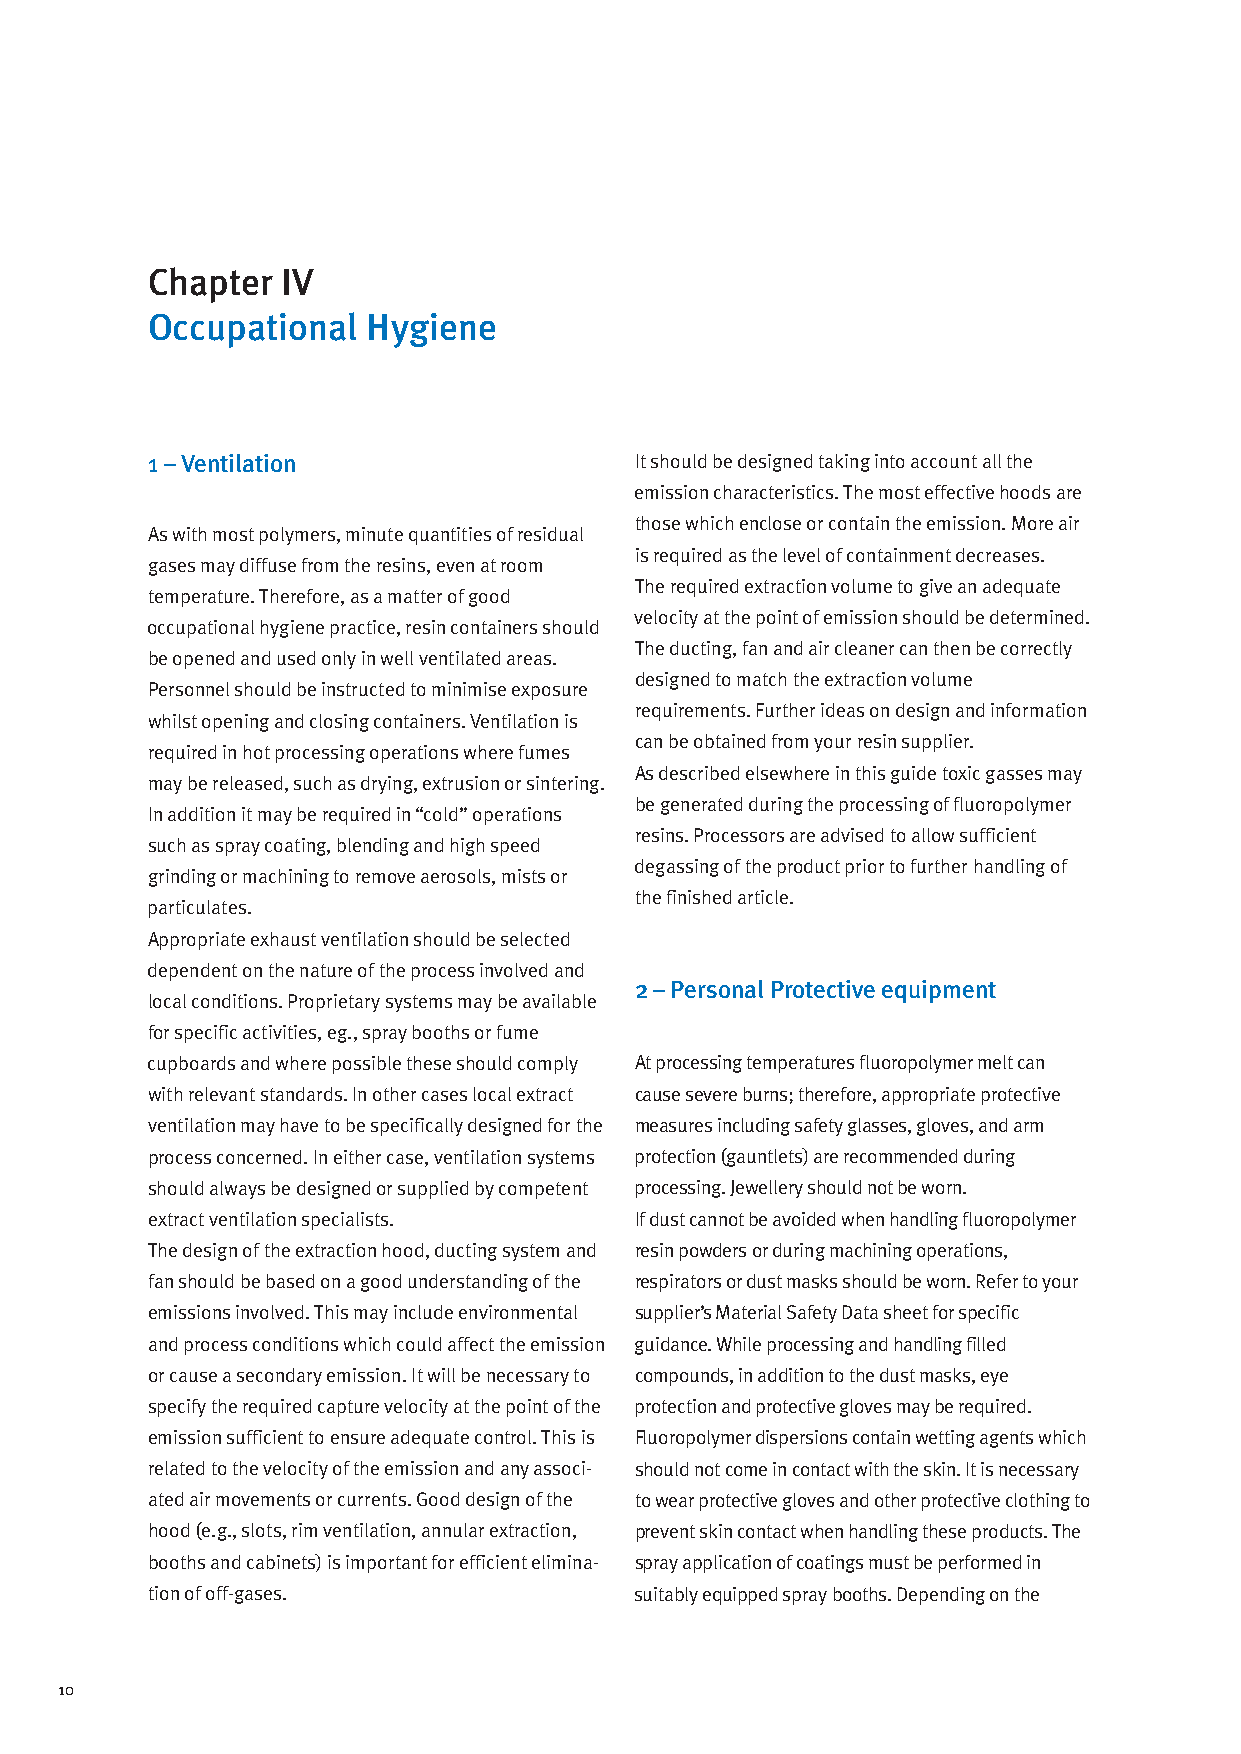
Chapter  IV
 Occupational  Hygiene
 1 – Ventilation                 It should be designed taking into account all the
 emission characteristics. The most effective hoods are
 those which enclose or contain the emission. More air
 As with most polymers, minute quantities of residual
 is required as the level of containment decreases.
 gases may diffuse from the resins, even at room
 The required extraction volume to give an adequate
 temperature. Therefore, as a matter of good
 velocity at the point of emission should be determined.
 occupational hygiene practice, resin containers should
 The ducting, fan and air cleaner can then be correctly
 be opened and used only in well ventilated areas.
 designed to match the extraction volume
 Personnel should be instructed to minimise exposure
 requirements. Further ideas on design and information
 whilst opening and closing containers. Ventilation is
 can be obtained from your resin supplier.
 required in hot processing operations where fumes
 As described elsewhere in this guide toxic gasses may
 may be released, such as drying, extrusion or sintering.
 be generated during the processing of fluoropolymer
 In addition it may be required in “cold” operations
 resins. Processors are advised to allow sufficient
 such as spray coating, blending and high speed
 degassing of the product prior to further handling of
 grinding or machining to remove aerosols, mists or
 the finished article.
 particulates.
 Appropriate exhaust ventilation should be selected
 dependent on the nature of the process involved and
 2 – Personal Protective equipment
 local conditions. Proprietary systems may be available
 for specific activities, eg., spray booths or fume
 cupboards and where possible these should comply At processing temperatures fluoropolymer melt can
 with relevant standards. In other cases local extract cause severe burns; therefore, appropriate protective
 ventilation may have to be specifically designed for the measures including safety glasses, gloves, and arm
 process concerned. In either case, ventilation systems protection (gauntlets) are recommended during
 should always be designed or supplied by competent processing. Jewellery should not be worn.
 extract ventilation specialists. If dust cannot be avoided when handling fluoropolymer
 The design of the extraction hood, ducting system and resin powders or during machining operations,
 fan should be based on a good understanding of the respirators or dust masks should be worn. Refer to your
 emissions involved. This may include environmental supplier’s Material Safety Data sheet for specific
 and process conditions which could affect the emission guidance. While processing and handling filled
 or cause a secondary emission. It will be necessary to compounds, in addition to the dust masks, eye
 specify the required capture velocity at the point of the protection and protective gloves may be required.
 emission sufficient to ensure adequate control. This is Fluoropolymer dispersions contain wetting agents which
 related to the velocity of the emission and any associ- should not come in contact with the skin. It is necessary
 ated air movements or currents. Good design of the to wear protective gloves and other protective clothing to
 hood (e.g., slots, rim ventilation, annular extraction, prevent skin contact when handling these products. The
 booths and cabinets) is important for efficient elimina- spray application of coatings must be performed in
 tion of off-gases.              suitably equipped spray booths. Depending on the
 10